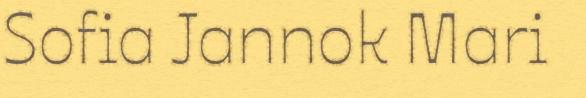
Sofia Jannok Mari